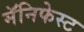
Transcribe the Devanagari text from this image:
मॅनिफेस्ट